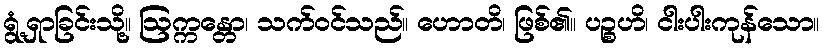
ရွံ့ရှာခြင်းသို့။ ဩက္ကန္တော၊ သက်ဝင်သည်။ ဟောတိ၊ ဖြစ်၏။ ပဉ္စဟိ၊ ငါးပါးကုန်သော။